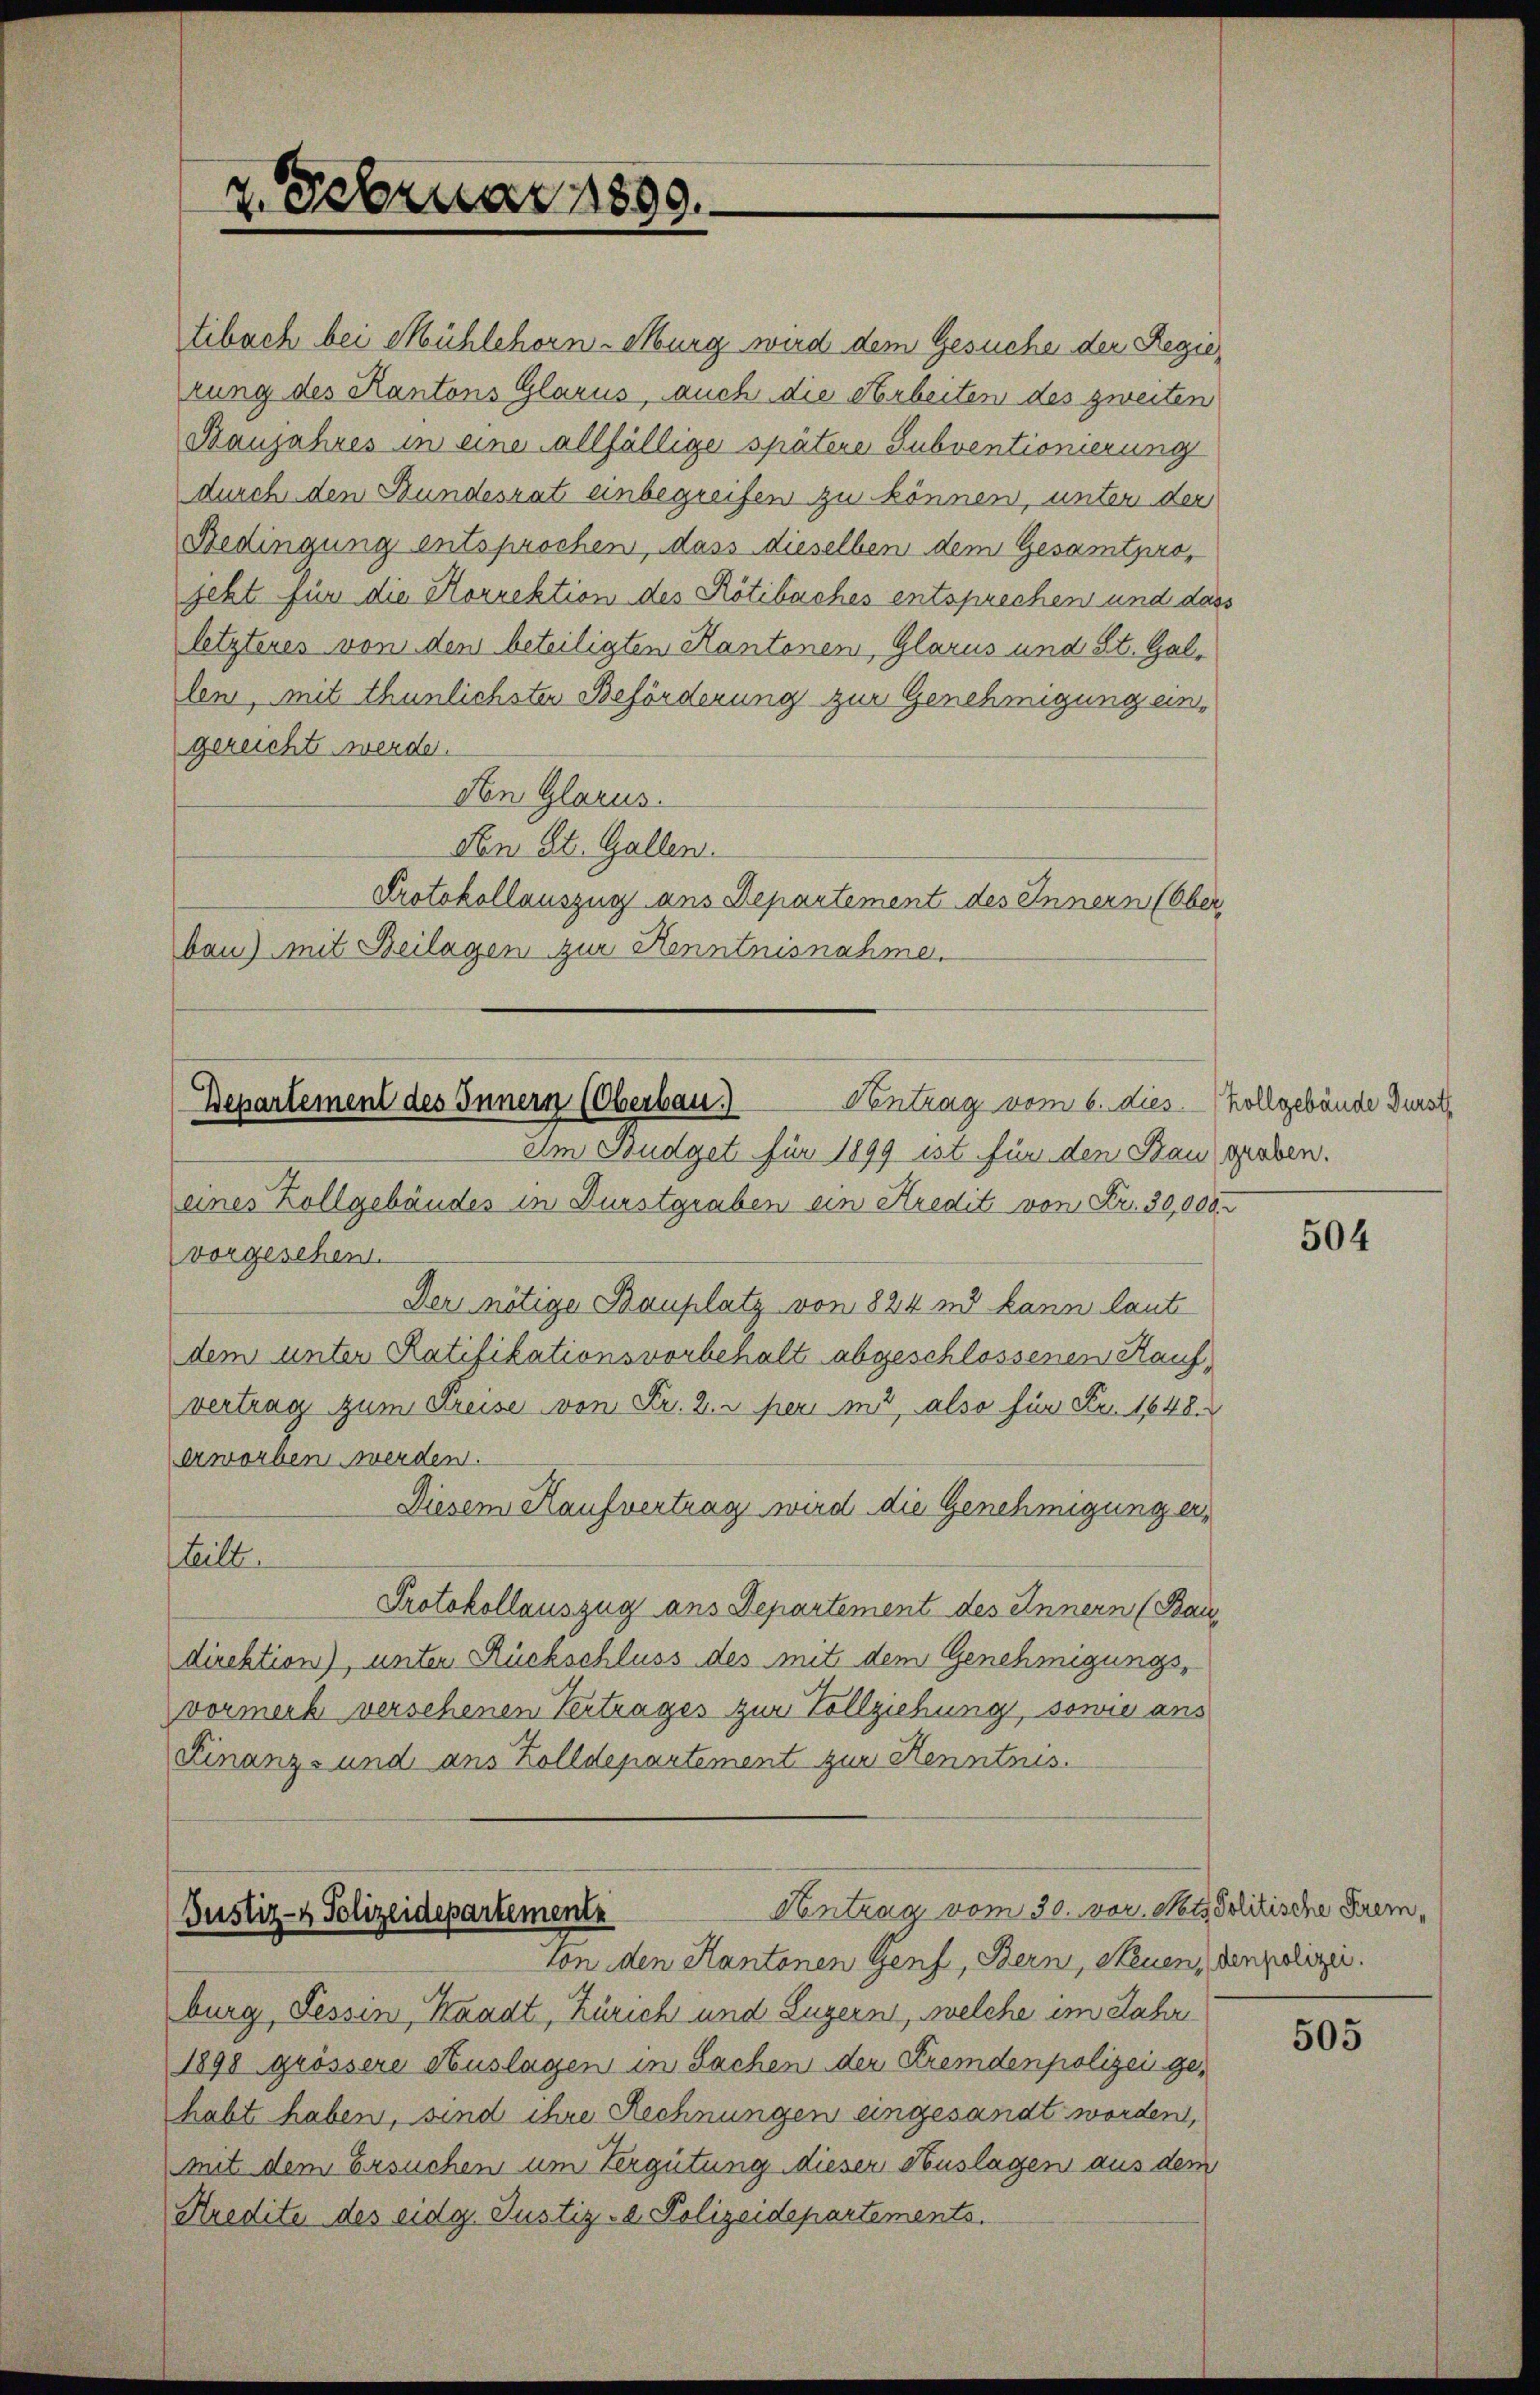
2. Februar 1889.

tibach bei Mühlehorn-Murg wird dem Gesuche der Regierung des Kantons Glarus, auch die Arbeiten des zweiten
Baujahres in eine allfällige spätere Subventionierung
durch den Bundesrat einbegreifen zu können, unter der
Bedingung entsprochen, dass dieselben dem Gesamtprojetzt für die Korrektion des Rötibaches entsprechen und dass
letzteres von den beteiligten Kantonen, Glarus und St. Gallen, mit thunlichsten Beförderung zur Genehmigung eingereicht werde.
Non Glarus.
Nen St. Gallen.
Protokollauszug aus Departement des Innern (Ober
bau) mit Beilagen zur Kenntnisnahme.

Ventrag vom 6. dies. - hollgebäude Dürst
Departement des Innern (Oberbau.)

Im Budget für 1899 ist für den Baugraben.
eines Zollgebäudes in Durstgraben ein Kredit von Fr. 30,000.
vorgesehen.
Der nötige Bauplatz von 824 nd kann laut
dem unter Ratifikationsvorbehalt abgeschlossenen Kaufvertrag zum Preise von Fr. 2. peri ind, also für Fr. 1648.
erworben werden.
Diesem Haufvertrag wird die Genehmigung erteilt.
Protokollauszug aus Departement des Innern (Bau
direktion), unter Rückschluss des mit dem Genehmigungsvormerk versehenen Vertrages zur Vollziehung, sowie ans
Finanz- und aus Zolldepartement zur Kenntnis.

Antrag vom 30. vor Nots Politische Frem¬
Justiz- & Polizeidepartemente
von den Kantonen Genf, Bern, Neuen, den polizei.

burg, Tessin, Kaadt, Zürich und Luzern, welche im Jahr
1890 grössere Auslagen in Sachen der Fremdenpolizei gehabt haben, sind ihre Rechnungen eingesandt worden,
mit dem Ersuchen um Vergütung dieser Auslagen aus dem
Kredite des eidg. Justiz- & Polizeidepartements.

504

505